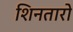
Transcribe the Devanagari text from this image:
शिनतारो